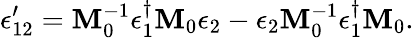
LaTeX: \epsilon_{12}^{\prime}=\mathbf{M}_{0}^{-1}\epsilon_{1}^{\dagger}\mathbf{M}_{0}\epsilon_{2}-\epsilon_{2}\mathbf{M}_{0}^{-1}\epsilon_{1}^{\dagger}\mathbf{M}_{0}.